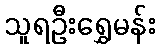
သူရဦးရွှေမန်း